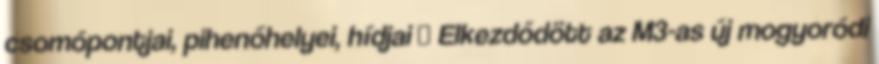
csomópontjai, pihenőhelyei, hídjai ↑ Elkezdődött az M3-as új mogyoródi